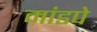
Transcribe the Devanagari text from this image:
मांडपे